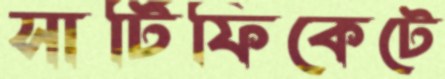
সার্টিফিকেটে